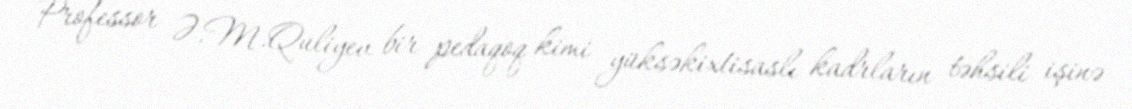
Professor Ə.M.Quliyev bir pedaqoq kimi yüksəkixtisaslı kadrların təhsili işinə